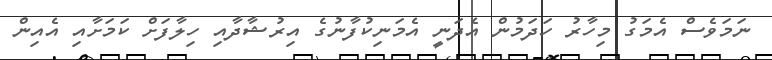
ނަމަވެސް އެމަގު މިހާރު ހަދަމުން އެދަނީ އެމަނިކުފާނުގެ އިރުޝާދާއި ހިލާފަށް ކަމަށާއި އެއިން